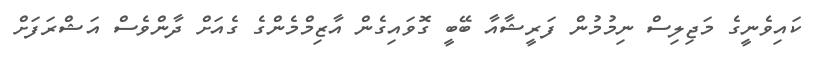
ކައިވެނީގެ މަޖިލިސް ނިމުމުން ފަރީޝާއާ ބޭބީ ގޮވައިގެން އާޒިމްމެންގެ ގެއަށް ދާންވެސް އަޝްރަފަށް